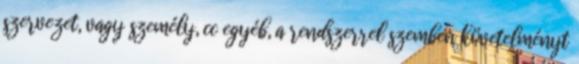
szervezet, vagy személy, cc egyéb, a rendszerrel szemben követelményt